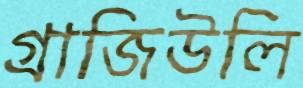
গ্রাজিউলি